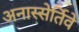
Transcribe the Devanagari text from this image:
अनास्सेर्तिवे